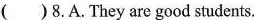
()8.A.They are good students. B. They are not good students.